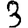
Digit: 3